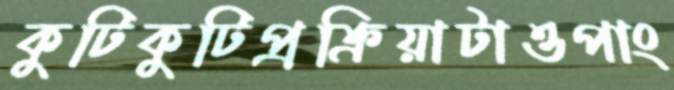
কুটিকুটিপ্রক্রিয়াটাওপাং